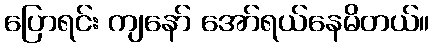
ပြောရင်း ကျနော် အော်ရယ်နေမိတယ်။